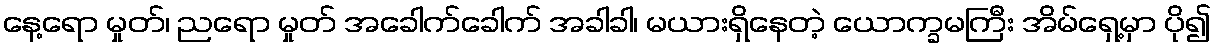
နေ့ရော မှုတ်၊ ညရော မှုတ် အခေါက်ခေါက် အခါခါ၊ မယားရှိနေတဲ့ ယောက္ခမကြီး အိမ်ရှေ့မှာ ပို၍